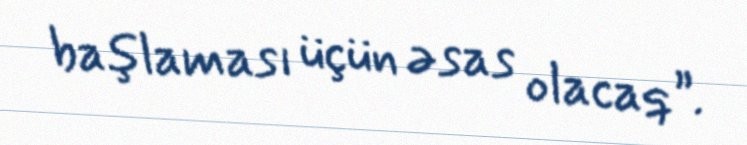
başlaması üçün əsas olacaq”.